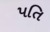
પતિ